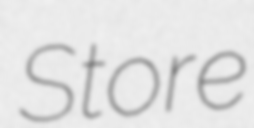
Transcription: Store